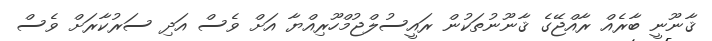
ޤާނޫނީ ބާރެއް ރާއްޖޭގެ ޤާނޫނުތަކުން ރައީސުލްޖުމްހޫރިއްޔާ އަށް ވެސް އަދި ސަރުކާރަށް ވެސް